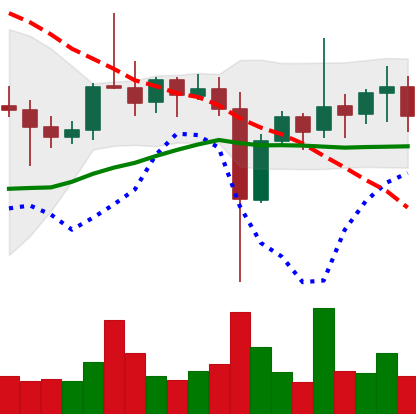
Ticker: ETC-USD
Chart end date: 2021-11-04
Forward return: 13.13%
Label: up_7plus